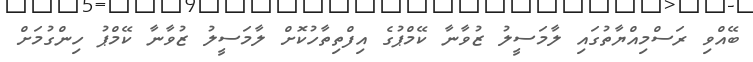
ބޭއްވި ރަސްމިއްޔާތުގައި ލާމަސީލު ޒުވާނާ ކޭމްޕުގެ އިފްތިތާހުކޮށް ލާމަސީލު ޒުވާނާ ކޭމްޕު ހިންގުމަށް